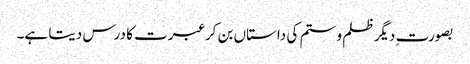
بصورت ِدیگر ظلم و ستم کی داستاں بن کر عبرت کا درس دیتا ہے۔